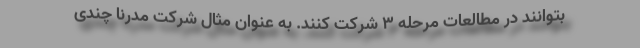
بتوانند در مطالعات مرحله ۳ شرکت کنند. به عنوان مثال شرکت مدرنا چندی